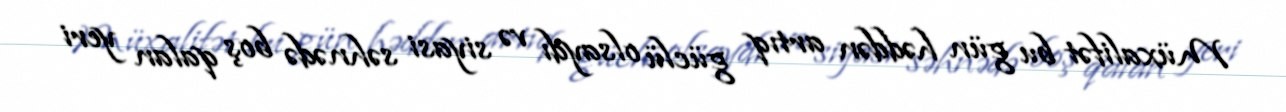
Müxalifət bu gün həddən artıq güclü olsaydı və siyasi səhnədə boş qalan yeri